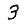
Digit: 3